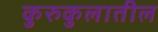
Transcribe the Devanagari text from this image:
कुरुकुलातील